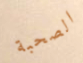
الصحبة